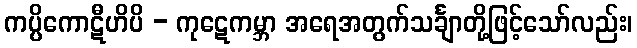
ကပ္ပိကောဋီဟိပိ - ကုဋေကမ္ဘာ အရေအတွက်သင်္ချာတို့ဖြင့်သော်လည်း၊